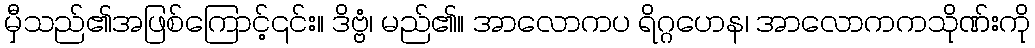
မှီသည်၏အဖြစ်ကြောင့်၎င်း။ ဒိဗ္ဗံ၊ မည်၏။ အာလောကပ ရိဂ္ဂဟေန၊ အာလောကကသိုဏ်းကို